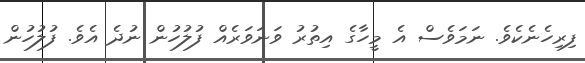
ފިރިހެނެކެވެ. ނަމަވެސް އެ މީހާގެ އިތުރު ވަނަވަރެއް ފުލުހުން ނުދެ އެވެ. ފުލުހުން